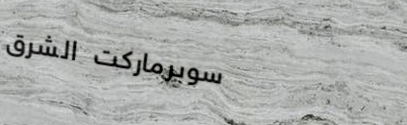
سوبرماركت الشرق